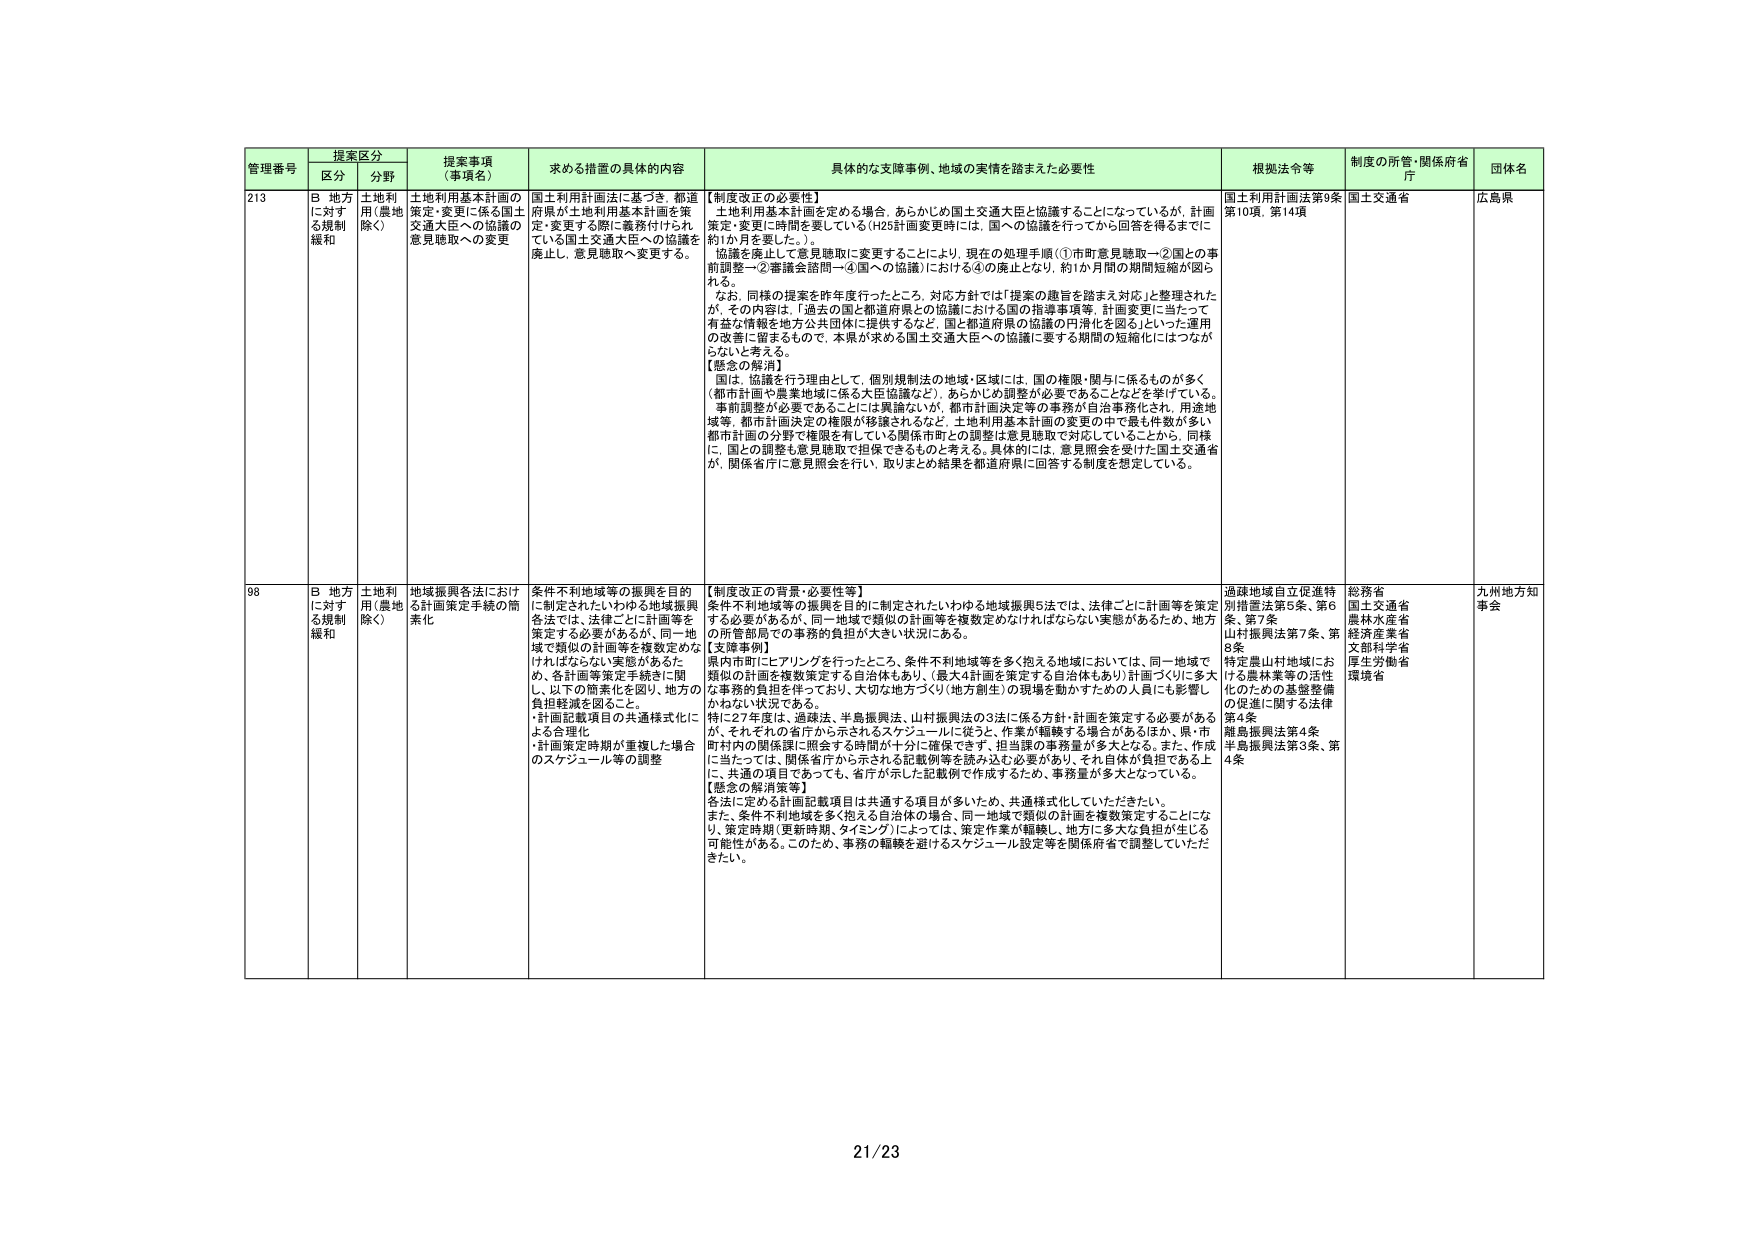
管理番号 提案区分 提案事項（事項名） 求める措置の具体的内容 具体的な支援事例、地域の実情を踏まえた必要性 根拠法令等 制度の所管・関係府省庁 団体名
区分 分野
213 B 地方に対する規制緩和 土地利用（農地除く） 土地利用基本計画の策定・変更に係る国土交通大臣への協議の意見聴取への変更 国土利用計画法に基づき、都道府県が土地利用基本計画を策定・変更する際に義務付けられている国土交通大臣への協議を廃止し、意見聴取へ変更する。 【制度改正の必要性】 土地利用基本計画を定める場合、あらかじめ国土交通大臣と協議することになっているが、計画策定・変更に時間を要している（H25計画変更時には、国への協議を行ってから回答を得るまでに約1か月を要した。）。 協議を廃止して意見聴取に変更することにより、現在の処理手順（①市町意見聴取→②国との事前調整→②審議会諮問→④国への協議）における④の廃止となり、約1か月間の期間短縮が図られる。 なお、同様の提案を昨年度行ったところ、対応方針では「提案の趣旨を踏まえ対応」と整理されたが、その内容は、「過去の国と都道府県との協議における国の指導事項等、計画変更に当たって有益な情報を地方公共団体に提供するなど、国と都道府県の協議の円滑化を図る」といった運用の改善に留まるもので、本県が求める国土交通大臣への協議に要する期間の短縮化にはつながらないと考える。 【懸念の解消】 国は、協議を行う理由として、個別規制法の地域・区域には、国の権限・関与に係るものが多く（都市計画や農業地域に係る大臣協議など）、あらかじめ調整が必要であることを挙げている。 事前調整が必要であることは異論ないが、都市計画決定等の事務が自治事務化され、用途地域等、都市計画決定の権限が移譲されるなど、土地利用基本計画の変更の中で最も件数が多い都市計画の分野で権限を有している関係市町との調整は意見聴取で対応していることから、同様に、国の調整も意見聴取で担保できるものと考える。具体的には、意見照会を受けた国土交通省が、関係省庁に意見照会を行い、取りまとめ結果を都道府県に回答する制度を想定している。 国土利用計画法第9条第10項、第14項 国土交通省 広島県
98 B 地方に対する規制緩和 土地利用（農地除く） 地域振興各法における計画策定手続の簡素化 条件不利地域等の振興を目的に制定されたいわゆる地域振興各法では、法律ごとに計画等を策定する必要があるが、同一地域で類似の計画等を複数定めなければならない実態があるため、各計画等策定手続きに関し、以下の簡素化を図り、地方の負担軽減を図ること。 ・計画記載項目の共通様式化による合理化 ・計画策定時期が重複した場合のスケジュール等の調整 【制度改正の背景・必要性等】 条件不利地域等の振興を目的に制定されたいわゆる地域振興5法では、法律ごとに計画等を策定する必要があるが、同一地域で類似の計画等を複数定めなければならない実態があるため、地方の所管部局での事務的負担が大きい状況にある。 【支援事例】 県内市町にヒアリングを行ったところ、条件不利地域等を多く抱える地域においては、同一地域で類似の計画を複数策定する自治体もあり、（最大4計画を策定する自治体もあり）計画づくりに多大な事務的負担を伴っており、大切な地方づくり（地方創生）の現場を動かすための人員にも影響しかねない状況である。 特に27年度は、過疎法、半島振興法、山村振興法の3法に係る方針・計画を策定する必要があるが、それぞれの省庁から示されるスケジュールに従うと、作業が重複する場合があるほか、県・市町村内の関係課に提出する時期が十分に確保できず、担当課の事務量が多大となる。また、作成に当たっては、関係省庁から示される記載例等を読み込む必要があり、それ自体が負担である上に、共通の項目であるため、省庁が示した記載例で作成するため、事務量が多大となっている。 【懸念の解消策等】 各法に定める計画記載項目は共通する項目が多いため、共通様式化していただきたい。 また、条件不利地域を多く抱える自治体の場合、同一地域で類似の計画を複数策定することにな り、策定時期（更新時期、タイミング）によっては、策定作業が重複し、地方に多大な負担が生じる可能性がある。このため、事務の重複を避けるスケジュール設定等を関係府省で調整していただきたい。 過疎地域自立促進特別措置法第5条、第6条、第7条 山村振興法第7条、第8条 特定農山村地域における農林業等の活性化のための基盤整備の促進に関する法律第4条 離島振興法第4条 半島振興法第3条、第4条 総務省 国土交通省 農林水産省 経済産業省 文部科学省 厚生労働省 環境省 九州地方知事会
21/23